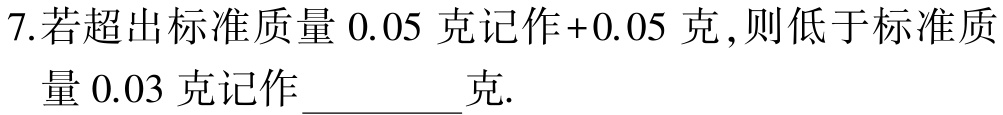
7.若超出标准质量 \(0.05\) 克记作\(+0.05\) 克,则低于标准质量 \(0.03\) 克记作__________克.